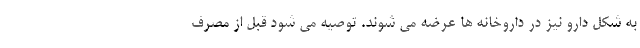
به شکل دارو نیز در داروخانه ها عرضه می شوند. توصیه می شود قبل از مصرف